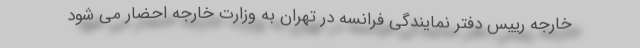
خارجه رییس دفتر نمایندگی فرانسه در تهران به وزارت خارجه احضار می شود